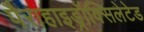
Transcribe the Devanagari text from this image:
पैराहाइड्रॉक्सिलेटेड